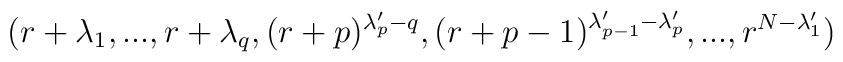
(r+\lambda_1,...,r+\lambda_q,(r+p)^{\lambda_p'-q},(r+p-1)^{\lambda_{p-1}'-\lambda_p'},...,r^{N-\lambda_1'})